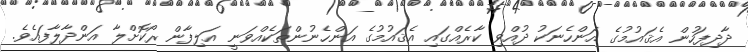
ދާދިފަހުން އެޤައުމުގެ އަންހެނަކު ދުއްވި ކާރެއްގައި އެޤައުމުގެ އަންހެނުންތަކެއްވަނީ އަލިފާން ރޯކޮށްލާ އަންދާލާފައެވެ.